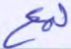
لمع